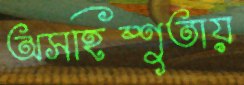
অসহিষ্ণুতায়